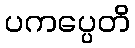
ပကပ္ပေတိ